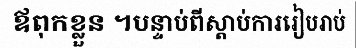
ឪពុកខ្លួន ។បន្ទាប់ពីស្តាប់ការរៀបរាប់